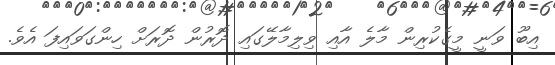
އިބޫ ވަނީ މީގެކުރިން މާލެ އާއި ވިލިމާލޭގައި ދޮރުން ދޮރަށް ހިންގަވައިފަ އެވެ.